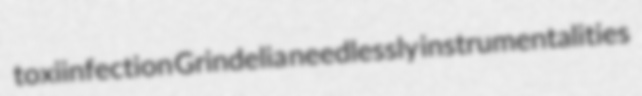
toxiinfection Grindelia needlessly instrumentalities